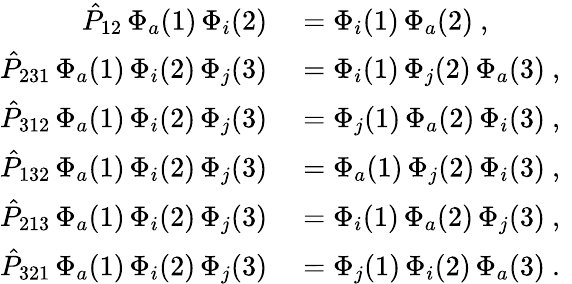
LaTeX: \begin{array}{rl}{\hat{P}_{12}\, \Phi_{a}(1)\, \Phi_{i}(2)}&{{}=\Phi_{i}(1)\, \Phi_{a}(2)\mathrm{~,~}}\\ {\hat{P}_{231}\, \Phi_{a}(1)\, \Phi_{i}(2)\, \Phi_{j}(3)}&{{}=\Phi_{i}(1)\, \Phi_{j}(2)\, \Phi_{a}(3)\mathrm{~,~}}\\ {\hat{P}_{312}\, \Phi_{a}(1)\, \Phi_{i}(2)\, \Phi_{j}(3)}&{{}=\Phi_{j}(1)\, \Phi_{a}(2)\, \Phi_{i}(3)\mathrm{~,~}}\\ {\hat{P}_{132}\, \Phi_{a}(1)\, \Phi_{i}(2)\, \Phi_{j}(3)}&{{}=\Phi_{a}(1)\, \Phi_{j}(2)\, \Phi_{i}(3)\mathrm{~,~}}\\ {\hat{P}_{213}\, \Phi_{a}(1)\, \Phi_{i}(2)\, \Phi_{j}(3)}&{{}=\Phi_{i}(1)\, \Phi_{a}(2)\, \Phi_{j}(3)\mathrm{~,~}}\\ {\hat{P}_{321}\, \Phi_{a}(1)\, \Phi_{i}(2)\, \Phi_{j}(3)}&{{}=\Phi_{j}(1)\, \Phi_{i}(2)\, \Phi_{a}(3)\mathrm{~.~}}\end{array}